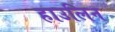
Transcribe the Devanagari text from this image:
हाउलिन